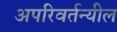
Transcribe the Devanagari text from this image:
अपरिवर्तन्यील